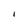
Character: I